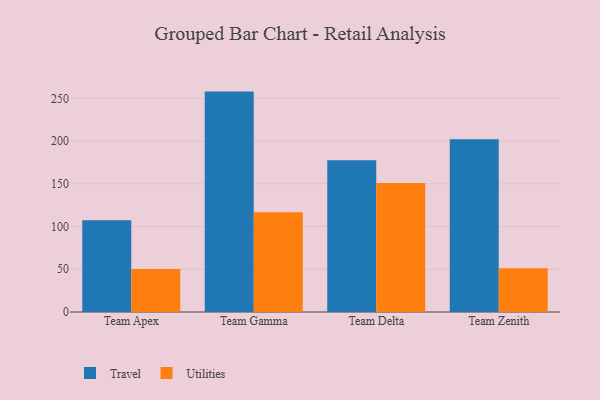
{"axis": {"x": "Team", "y": "Gross Profit (USD K)"}, "legend": ["Travel", "Utilities"], "data": [{"x": "Team Apex", "y": 107.4, "type": "Travel"}, {"x": "Team Apex", "y": 50.2, "type": "Utilities"}, {"x": "Team Gamma", "y": 257.9, "type": "Travel"}, {"x": "Team Gamma", "y": 116.7, "type": "Utilities"}, {"x": "Team Delta", "y": 177.5, "type": "Travel"}, {"x": "Team Delta", "y": 150.9, "type": "Utilities"}, {"x": "Team Zenith", "y": 202.1, "type": "Travel"}, {"x": "Team Zenith", "y": 51.1, "type": "Utilities"}]}